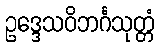
ဥဒ္ဒေသဝိဘင်္ဂသုတ္တံ